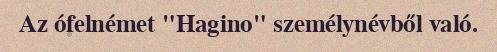
Az ófelnémet "Hagino" személynévből való.